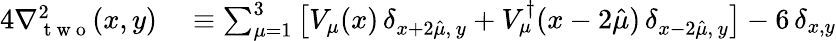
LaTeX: \begin{array}{rl}{4\nabla_{\mathrm{~t~w~o~}}^{2}(x,y)}&{{}\equiv\sum_{\mu=1}^{3}\big[V_{\mu}(x)\, \delta_{x+2\hat{\mu},\, y}+V_{\mu}^{\dagger}(x-2\hat{\mu})\, \delta_{x-2\hat{\mu},\, y}\big]-6\, \delta_{x,y}}\end{array}